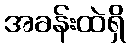
အခန်းထဲရှိ